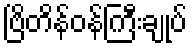
ဗြိတိန်ဝန်ကြီးချုပ်